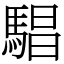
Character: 䮖